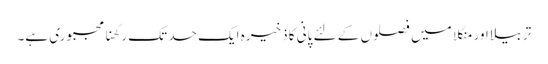
تربیلا اور منگلا میں فصلوں کے لئے پانی کا ذخیرہ ایک حد تک رکھنا مجبوری ہے۔